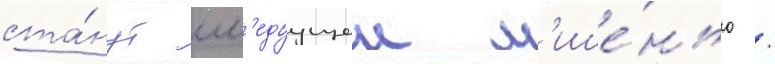
ста́нут сл'едуущеи м'ише́нью /